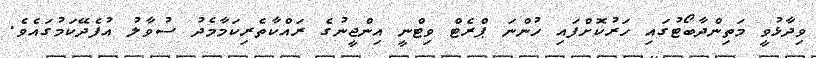
ވިދާޅުވީ މަތިންދާބޯޓުގައި ހަރުކޮށްފައި ހުންނަ ޕްރެޓް ވިޓްނީ އިންޖީނުގެ ރައްކާތެރިކަމާމެދު ސުވާލު އުފެދޭކަމުގައެވެ.